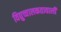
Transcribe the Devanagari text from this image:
विद्युच्चालकतावाली